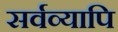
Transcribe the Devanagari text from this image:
सर्वव्यापि